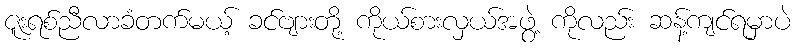
ဇူးရစ်ညီလာခံတက်မယ့် ခင်ဗျားတို့ ကိုယ်စားလှယ်အဖွဲ့ ကိုလည်း ဆန့်ကျင်ရမှာပဲ